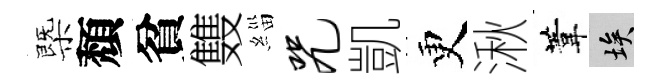
㮣頽貧䨇緇咒凱更湫葦埃